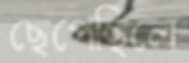
ছেপেছিলে